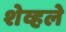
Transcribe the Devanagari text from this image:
शेव्हले